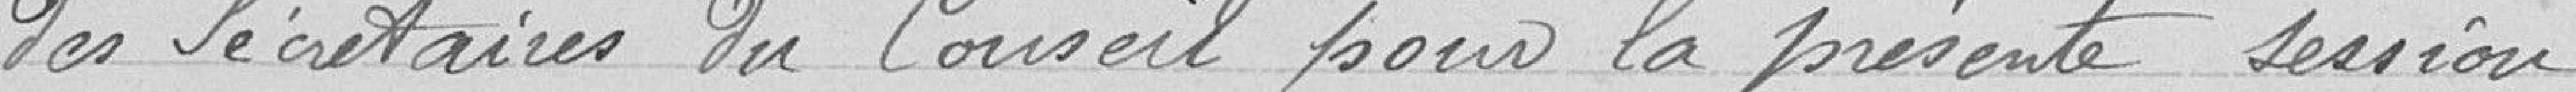
des secrétaires du Conseil sous la présente session